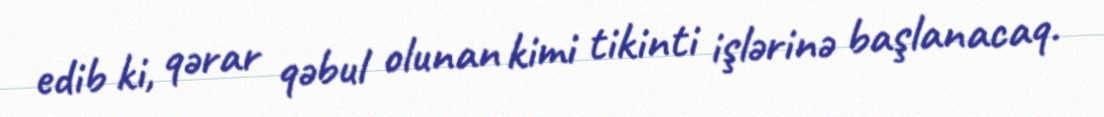
edib ki, qərar qəbul olunan kimi tikinti işlərinə başlanacaq.